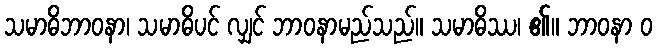
သမာဓိဘာဝနာ၊ သမာဓိပင် လျှင် ဘာဝနာမည်သည်။ သမာဓိဿ၊ ၏။ ဘာဝနာ ဝ